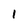
Character: 1